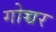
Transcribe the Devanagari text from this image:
गोच्चर